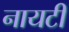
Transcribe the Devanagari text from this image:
नायटी